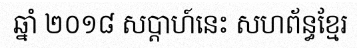
ឆ្នាំ ២០១៨ សប្តាហ៍នេះ សហព័ន្ធខ្មែរ